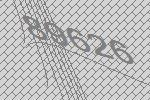
89626